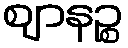
ဈာနဉ္စ